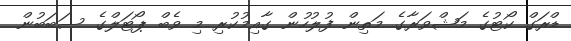
ޑްރަގް ކޯޓުގެ މަޝްވަރާގެ މަތިން ފުލުހުން ގާއިމުކުރި މި ވެބް ޕޯޓަލްގެ ސަބަބުން